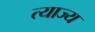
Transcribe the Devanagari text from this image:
त्‍याज्‍य